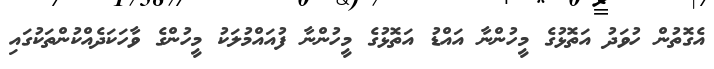
އެގޮތުން ހުވަދު އަތޮޅުގެ މީހުންނާ އައްޑު އަތޮޅުގެ މީހުންނާ ފުއައްމުލަކު މީހުންގެ ވާހަކަދެއްކުންތަކުގައި